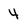
Character: 4